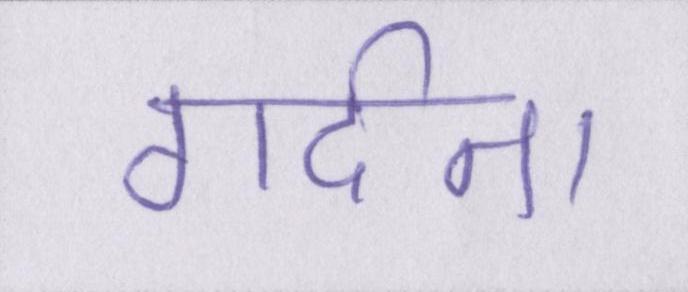
गर्दन।